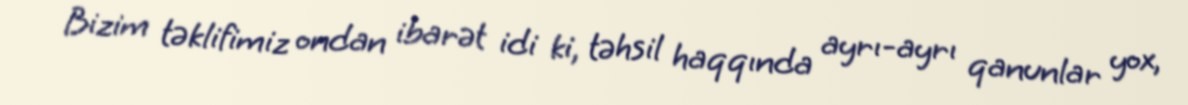
Bizim təklifimiz ondan ibarət idi ki, təhsil haqqında ayrı-ayrı qanunlar yox,